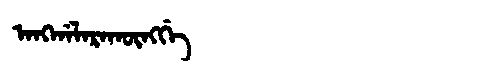
Manchu: ᠠᠩᡤᠠᠯᠠᡵᠠᡴᡡᠩᡤᡝ
Romanization: ANGGALARAKŪNGGE